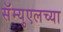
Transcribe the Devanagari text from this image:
सॅम्युएलच्या